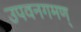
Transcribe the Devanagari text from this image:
उपवनगमण्